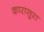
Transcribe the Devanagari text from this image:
कारासुरा